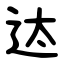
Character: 迏